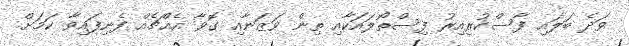
ވަދެ ބަލައި ފާސްކުރިއިރު ފިސްތޯލައަކާއި ތިން ވަޒަނާއި ގޮވާ އެއްޗެއް ފެނިފައިވާ ކަމަށް